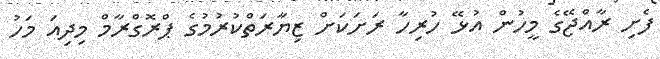
ފެށި ރާއްޖޭގެ މީހުން އުޅޭ ހުރިހާ ރަށަކަށް ޒިޔާރަތްކުރުމުގެ ޕްރޮގްރާމް މިދިއަ މަހު